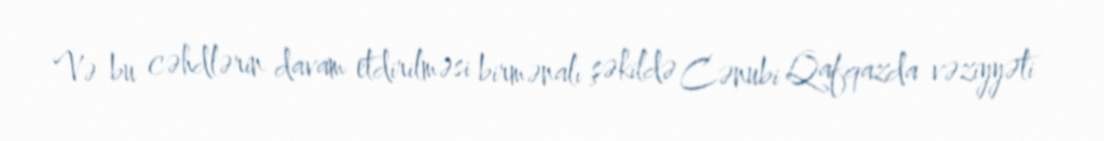
Və bu cəhdlərin davam etdirilməsi birmənalı şəkildə Cənubi Qafqazda vəziyyəti